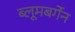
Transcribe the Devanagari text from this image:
ब्लूमबर्गेन